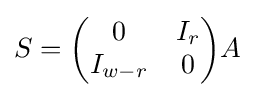
S={\begin{pmatrix}0&I_{r}\\I_{w-r}&0\end{pmatrix}}A